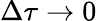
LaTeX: \Delta\tau\to 0